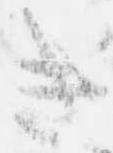
き